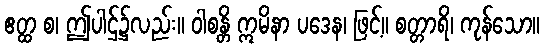
ဧတ္ထ စ၊ ဤပါဌ်၌လည်း။ ဝါစန္တိ ဣမိနာ ပဒေန၊ ဖြင့်။ စတ္တာရိ၊ ကုန်သော။